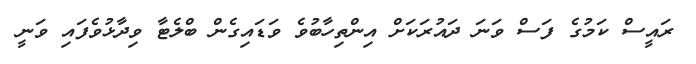
ރައީސް ކަމުގެ ފަސް ވަނަ ދައުރަކަށް އިންތިހާބުވެ ވަޑައިގެން ބްލެޓާ ވިދާޅުވެފައި ވަނީ